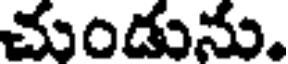
చుండును.